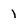
Character: 1